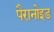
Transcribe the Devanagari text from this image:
पैरानोइड